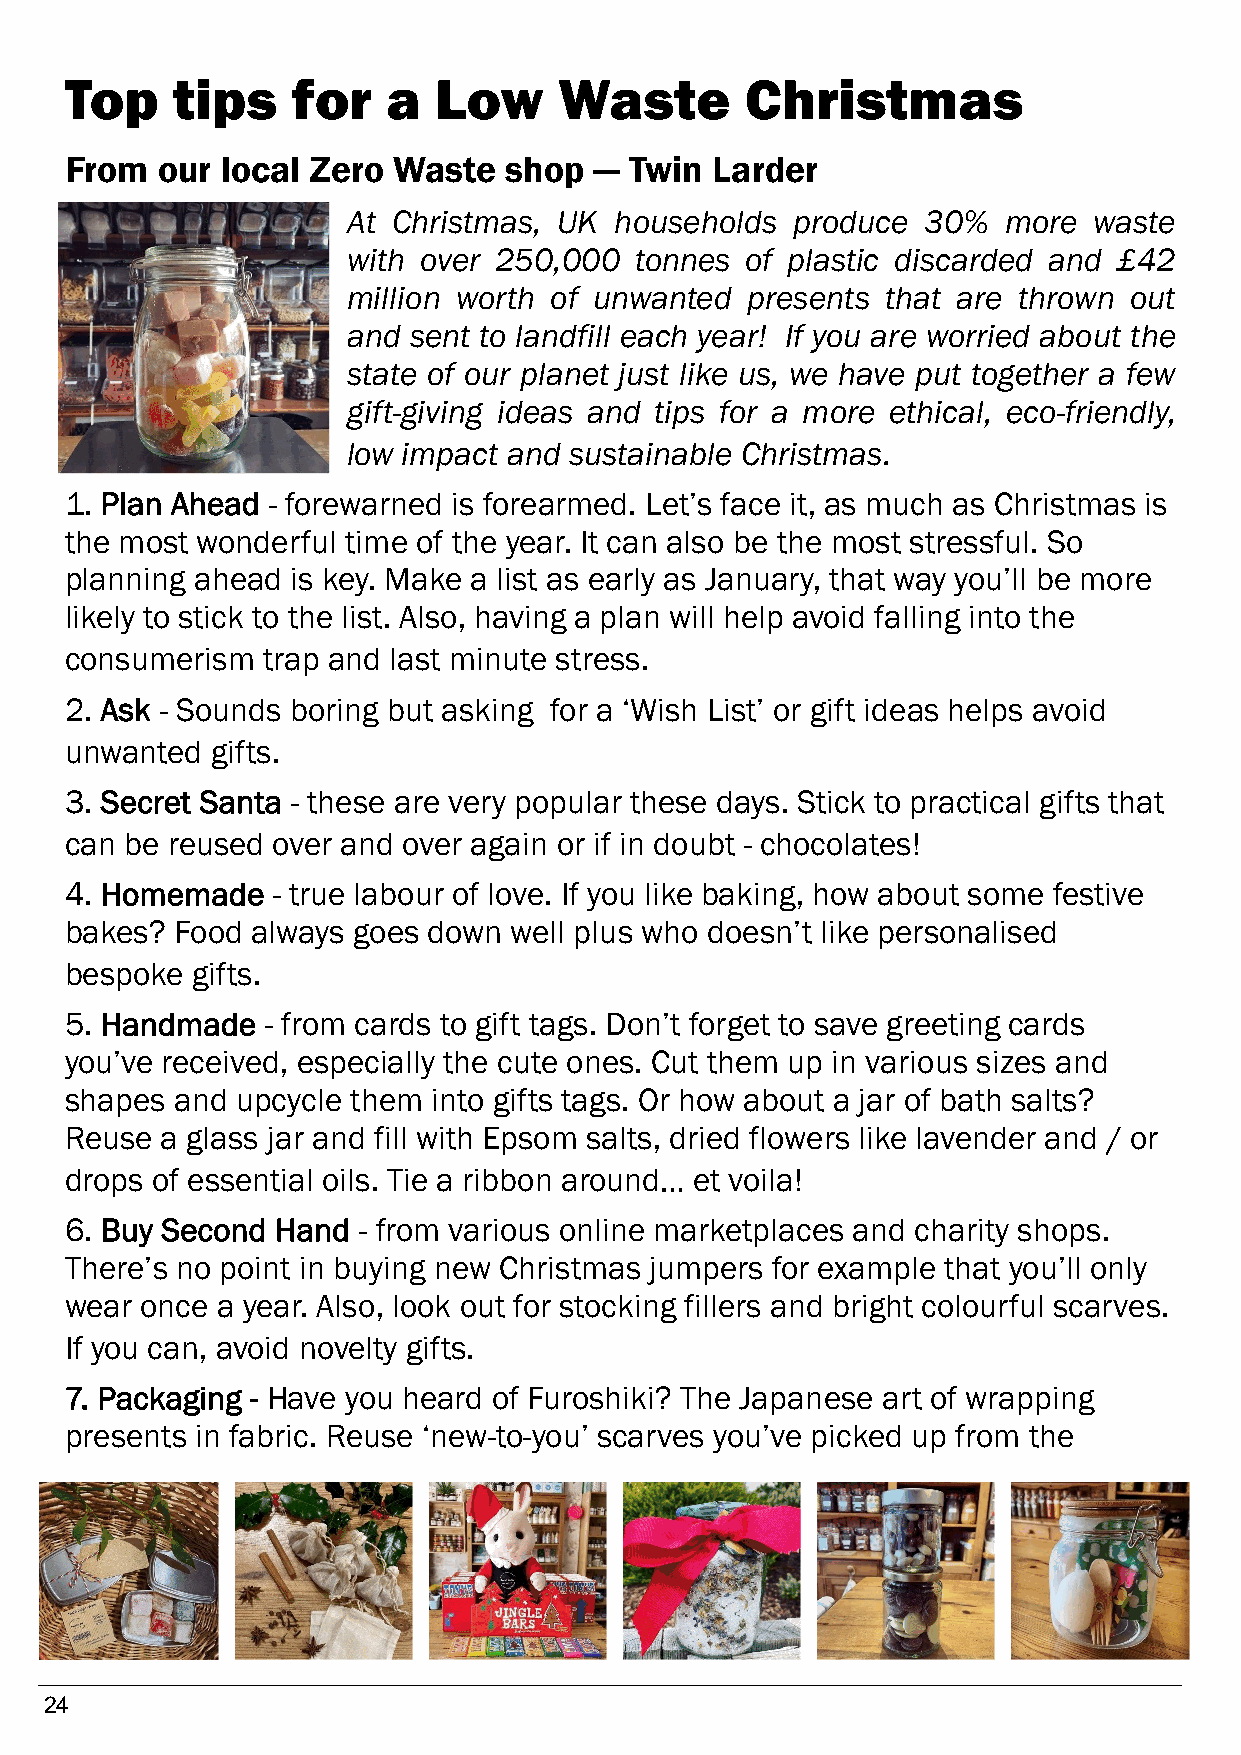
Top    tips    for    a  Low     Waste       Christmas
 From  our  local Zero Waste  shop  —  Twin Larder
 At Christmas, UK  households produce  30%  more  waste
 with over 250,000  tonnes of plastic discarded and £42
 million worth of unwanted presents  that are thrown out
 and sent to landfill each year! If you are worried about the
 state of our planet just like us, we have put together a few
 gift-giving ideas and tips for a more ethical, eco-friendly,
 low impact and sustainable Christmas.
 1. Plan Ahead - forewarned is forearmed. Let’s face it, as much as Christmas is
 the most wonderful time of the year. It can also be the most stressful. So
 planning ahead is key. Make a list as early as January, that way you’ll be more
 likely to stick to the list. Also, having a plan will help avoid falling into the
 consumerism  trap and last minute stress.
 2. Ask - Sounds boring but asking for a ‘Wish List’ or gift ideas helps avoid
 unwanted  gifts.
 3. Secret Santa - these are very popular these days. Stick to practical gifts that
 can be reused over and over again or if in doubt - chocolates!
 4. Homemade   - true labour of love. If you like baking, how about some festive
 bakes?  Food always goes down well plus who doesn’t like personalised
 bespoke  gifts.
 5. Handmade   - from cards to gift tags. Don’t forget to save greeting cards
 you’ve received, especially the cute ones. Cut them up in various sizes and
 shapes  and upcycle them into gifts tags. Or how about a jar of bath salts?
 Reuse  a glass jar and fill with Epsom salts, dried flowers like lavender and / or
 drops of essential oils. Tie a ribbon around… et voila!
 6. Buy Second Hand  - from various online marketplaces and charity shops.
 There’s no point in buying new Christmas jumpers for example that you’ll only
 wear once a year. Also, look out for stocking fillers and bright colourful scarves.
 If you can, avoid novelty gifts.
 7. Packaging - Have you heard of Furoshiki? The Japanese art of wrapping
 presents in fabric. Reuse ‘new-to-you’ scarves you’ve picked up from the
 24